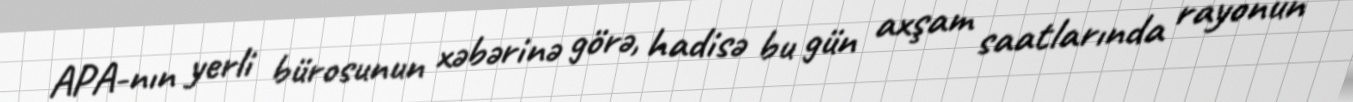
APA-nın yerli bürosunun xəbərinə görə, hadisə bu gün axşam saatlarında rayonun